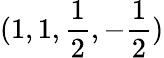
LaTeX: (1,1,\frac{1}{2},-\frac{1}{2})